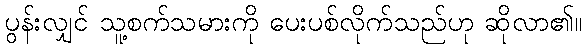
ပွန်းလျှင် သူ့စက်သမားကို ပေးပစ်လိုက်သည်ဟု ဆိုလာ၏။